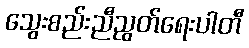
သွေးစည်းညီညွတ်ရေးပါတီ